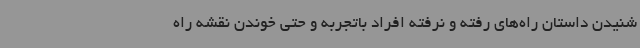
شنیدن داستان راه‌های رفته و نرفته افراد باتجربه و حتی خوندن نقشه راه